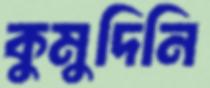
কুমুদিনি